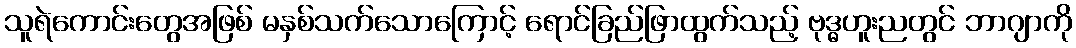
သူရဲကောင်းတွေအဖြစ် မနှစ်သက်သောကြောင့် ရောင်ခြည်ဖြာထွက်သည့် ဗုဒ္ဓဟူးညတွင် ဘာဂျာကို